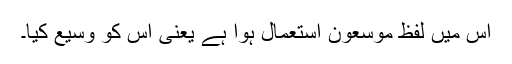
اس میں لفظ موسعون استعمال ہوا ہے یعنی اس کو وسیع کیا۔